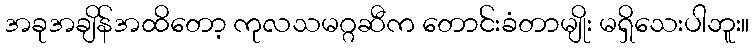
အခုအချိန်အထိတော့ ကုလသမဂ္ဂဆီက တောင်းခံတာမျိုး မရှိသေးပါဘူး။